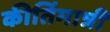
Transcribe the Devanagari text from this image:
कीर्तिमात्री